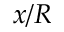
x / R